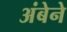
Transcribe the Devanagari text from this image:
अंबेने